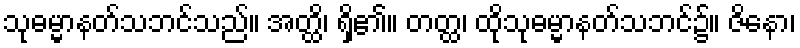
သုဓမ္မာနတ်သဘင်သည်။ အတ္ထိ၊ ရှိ၏။ တတ္ထ၊ ထိုသုဓမ္မာနတ်သဘင်၌။ ဇိနော၊